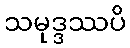
သမုဒ္ဒဿပိ